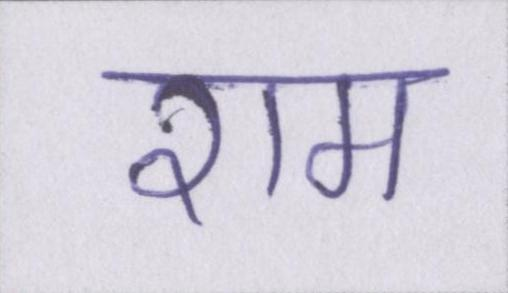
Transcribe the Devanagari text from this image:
राम